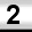
Digit: 2